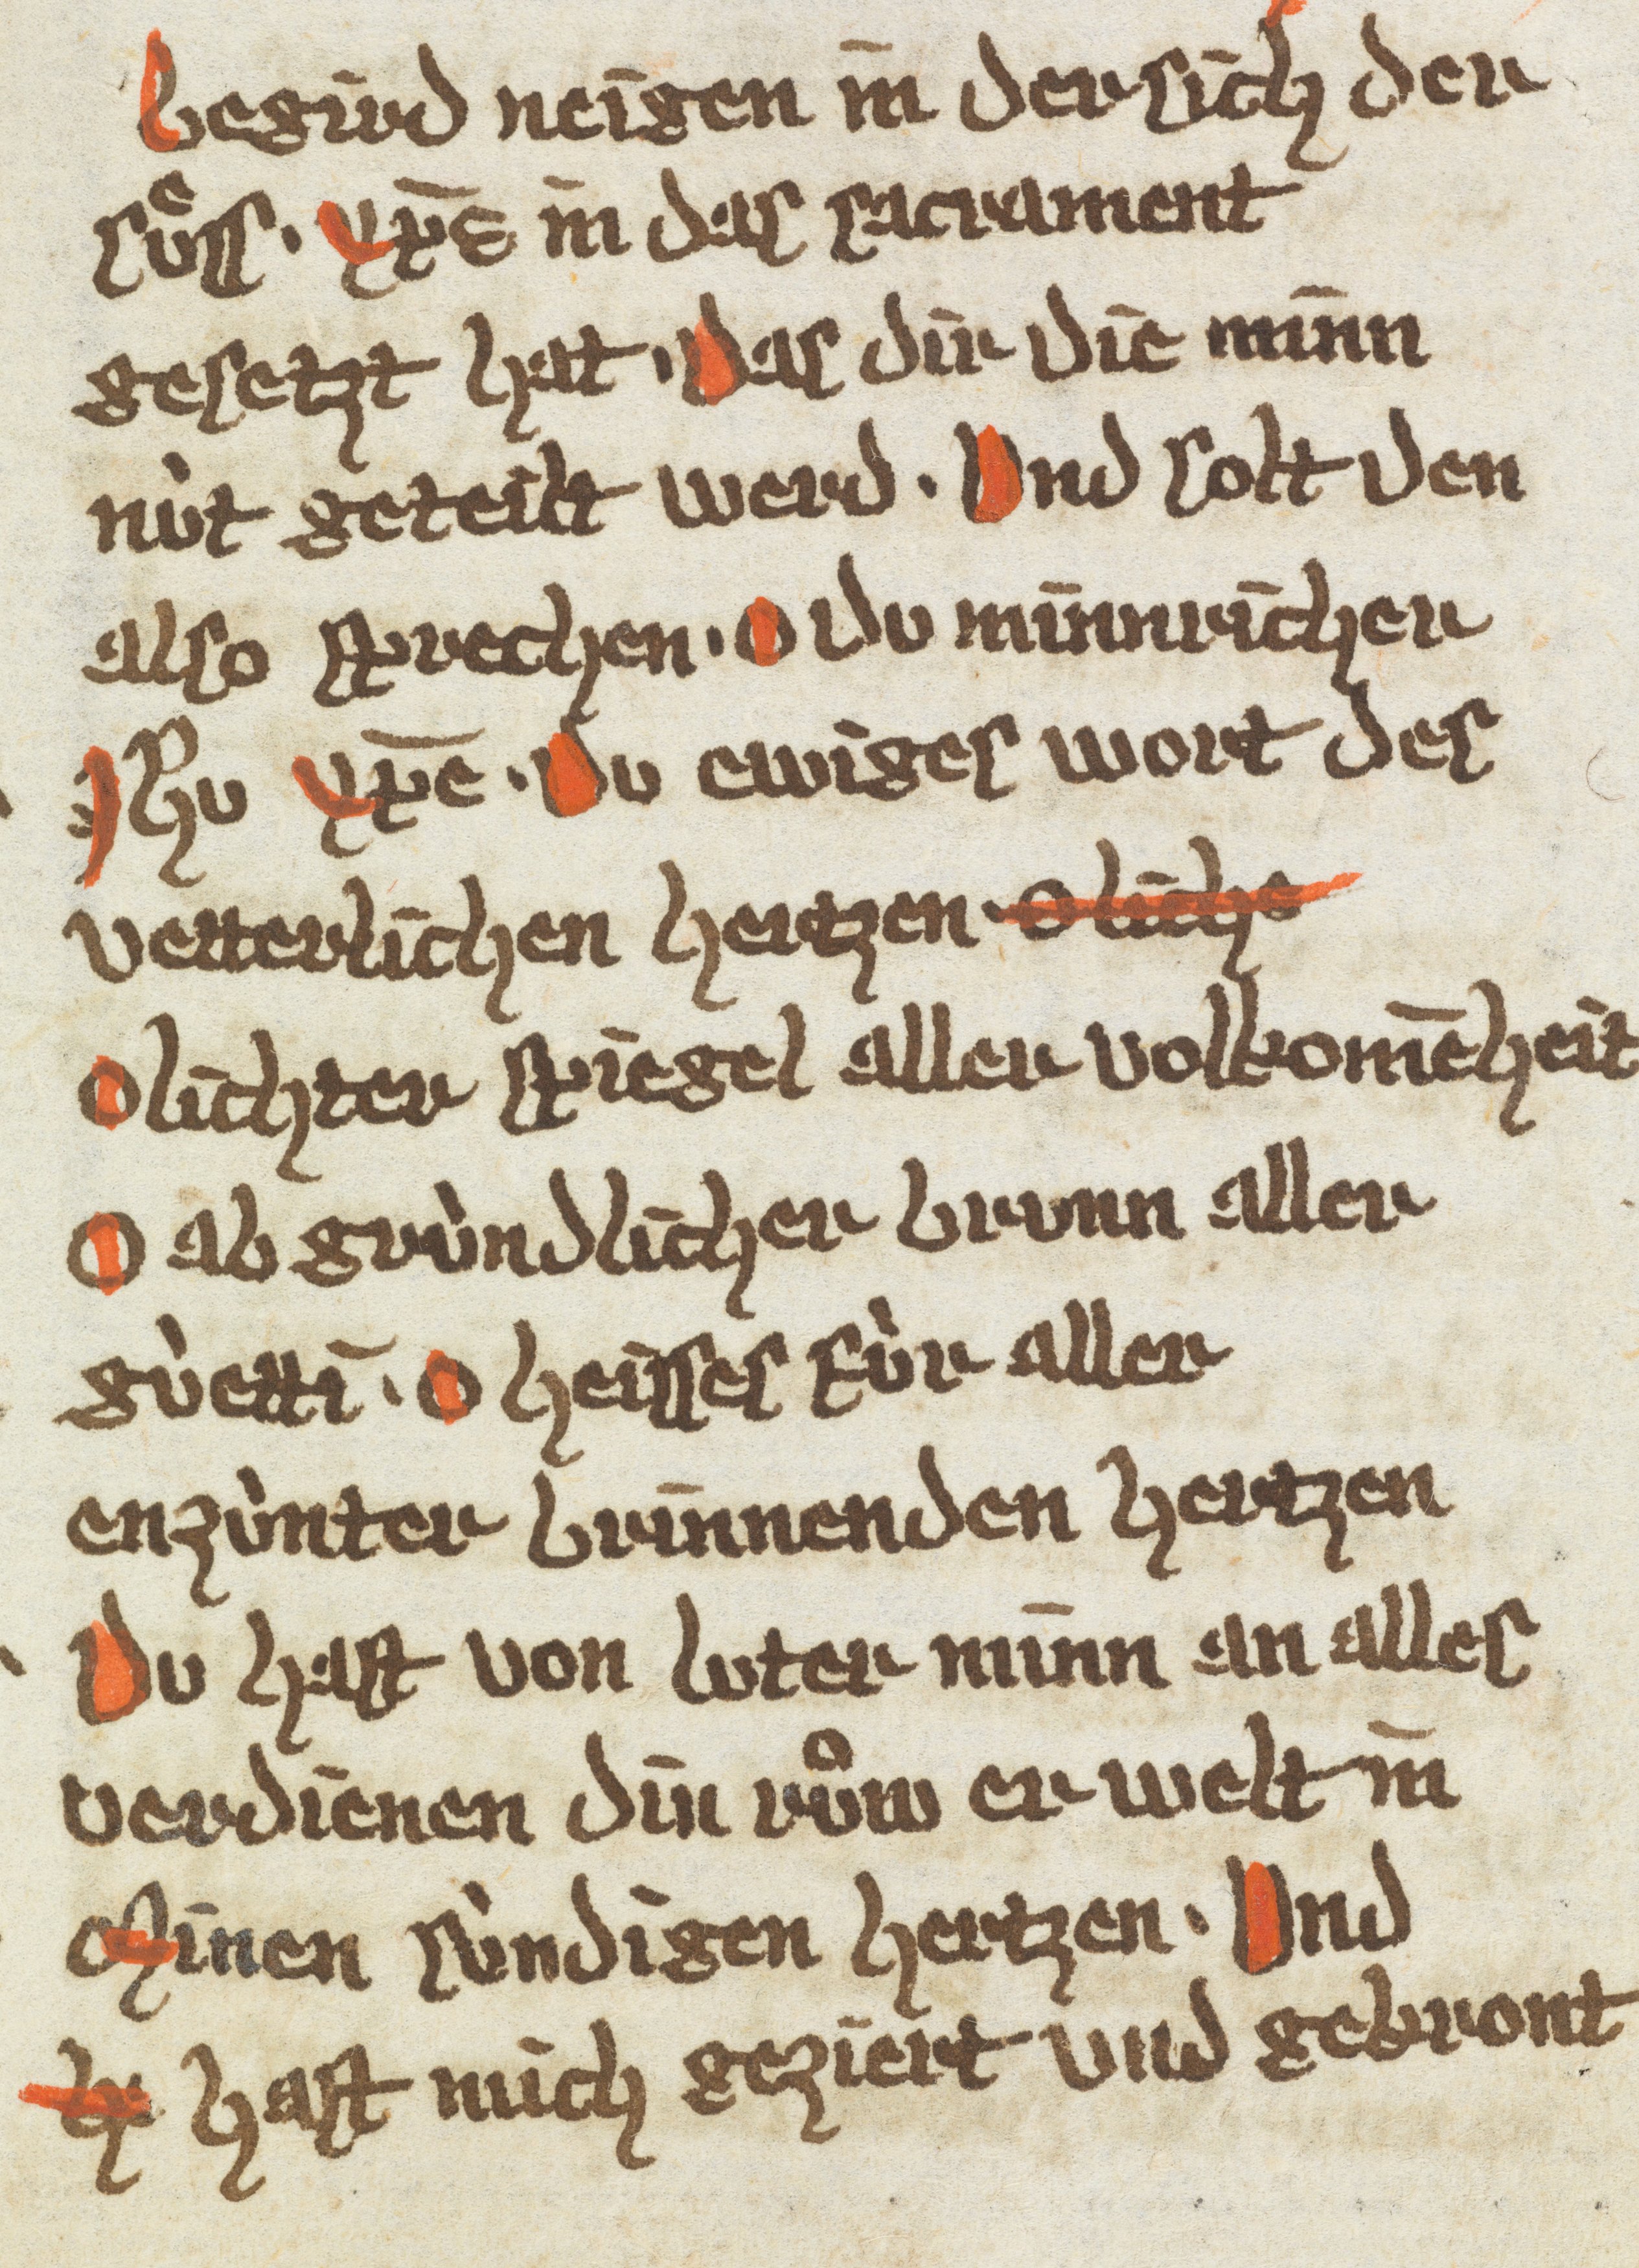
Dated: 1385–1415